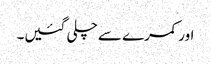
اور کمرے سے چلی گئیں۔